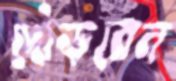
দৌড়বেন